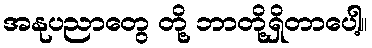
အနုပညာတွေ တို့ ဘာတို့ရှိတာပေါ့။